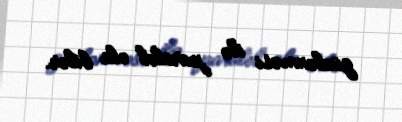
güclənməsi ilə paralel ola bilər.